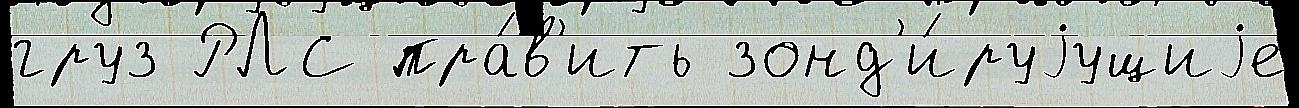
груз РЛС пра́в'ить зонд'и́руjущиjе